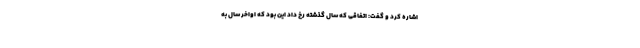
اشاره کرد و گفت: اتفاقی که سال گذشته رخ داد این بود که اواخر سال به